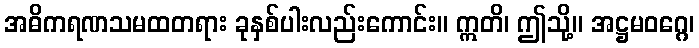
အဓိကရဏသမထတရား ခုနှစ်ပါးလည်းကောင်း။ ဣတိ၊ ဤသို့။ အဋ္ဌမဝဂ္ဂေ၊